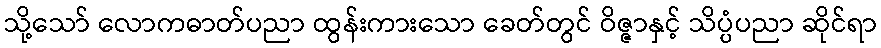
သို့သော် လောကဓာတ်ပညာ ထွန်းကားသော ခေတ်တွင် ဝိဇ္ဇာနှင့် သိပ္ပံပညာ ဆိုင်ရာ